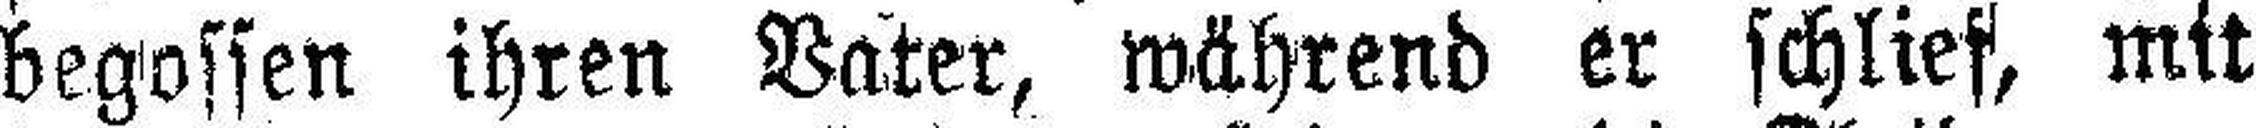
begossen ihren Vater, während er schlief, mit